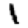
Digit: 1